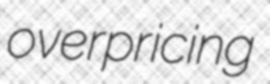
overpricing